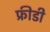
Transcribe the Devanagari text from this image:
फ्रीडी